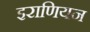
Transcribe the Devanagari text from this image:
इराणियन